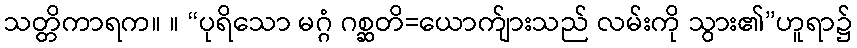
သတ္တိကာရက။ ။ “ပုရိသော မဂ္ဂံ ဂစ္ဆတိ=ယောက်ျားသည် လမ်းကို သွား၏”ဟူရာ၌